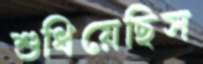
শুধিয়েছিস